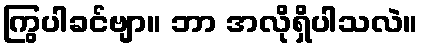
ကြွပါခင်ဗျာ။ ဘာ အလိုရှိပါသလဲ။